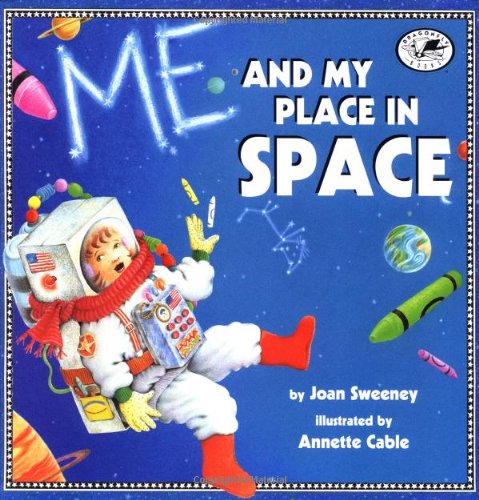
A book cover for Me and My Place in Space (Dragonfly Books); Joan Sweeney; Children's Books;